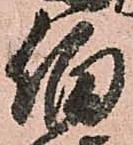
伯